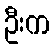
ဦးက